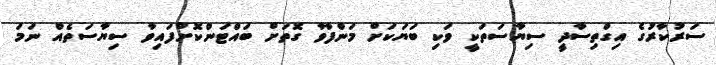
ސަރުކާރުގެ އިގްތިސާދީ ސިޔާސަތަކީ ވަކި ބަޔަކަށް މަންފާވާ ގޮތަށް ބައްޓަންކޮށްފައިވާ ސިޔާސަތެއް ނަމަ